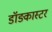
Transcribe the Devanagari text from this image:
डॉङ्कास्टर